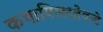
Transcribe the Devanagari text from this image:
कथायिल्‍लतेवन्‍टे